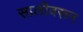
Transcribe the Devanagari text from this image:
सालीवरून